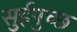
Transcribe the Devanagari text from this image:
सुईपुच्छ